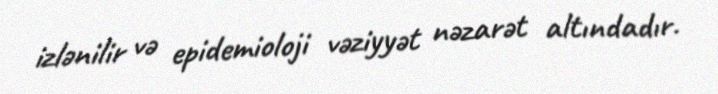
izlənilir və epidemioloji vəziyyət nəzarət altındadır.